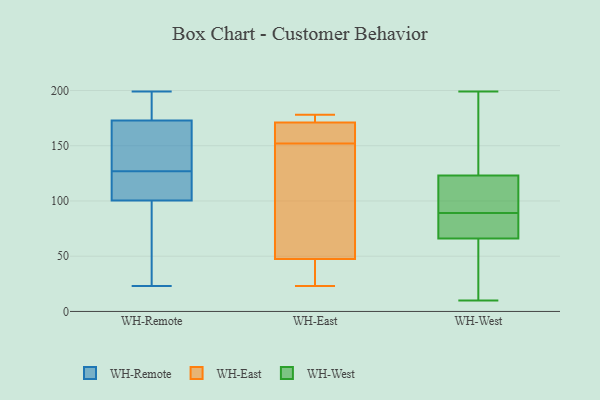
{"axis": {"x": "LTV (USD)", "y": "Value"}, "legend": ["WH-East", "WH-Remote", "WH-West"], "data": [{"x": "", "y": 110, "type": "WH-Remote"}, {"x": "", "y": 128, "type": "WH-Remote"}, {"x": "", "y": 184, "type": "WH-Remote"}, {"x": "", "y": 170, "type": "WH-Remote"}, {"x": "", "y": 23, "type": "WH-Remote"}, {"x": "", "y": 93, "type": "WH-Remote"}, {"x": "", "y": 192, "type": "WH-Remote"}, {"x": "", "y": 102, "type": "WH-Remote"}, {"x": "", "y": 93, "type": "WH-Remote"}, {"x": "", "y": 181, "type": "WH-Remote"}, {"x": "", "y": 199, "type": "WH-Remote"}, {"x": "", "y": 143, "type": "WH-Remote"}, {"x": "", "y": 170, "type": "WH-Remote"}, {"x": "", "y": 124, "type": "WH-Remote"}, {"x": "", "y": 96, "type": "WH-Remote"}, {"x": "", "y": 127, "type": "WH-Remote"}, {"x": "", "y": 124, "type": "WH-Remote"}, {"x": "", "y": 39, "type": "WH-East"}, {"x": "", "y": 34, "type": "WH-East"}, {"x": "", "y": 148, "type": "WH-East"}, {"x": "", "y": 103, "type": "WH-East"}, {"x": "", "y": 74, "type": "WH-East"}, {"x": "", "y": 175, "type": "WH-East"}, {"x": "", "y": 177, "type": "WH-East"}, {"x": "", "y": 41, "type": "WH-East"}, {"x": "", "y": 173, "type": "WH-East"}, {"x": "", "y": 23, "type": "WH-East"}, {"x": "", "y": 54, "type": "WH-East"}, {"x": "", "y": 156, "type": "WH-East"}, {"x": "", "y": 168, "type": "WH-East"}, {"x": "", "y": 160, "type": "WH-East"}, {"x": "", "y": 178, "type": "WH-East"}, {"x": "", "y": 169, "type": "WH-East"}, {"x": "", "y": 121, "type": "WH-West"}, {"x": "", "y": 89, "type": "WH-West"}, {"x": "", "y": 129, "type": "WH-West"}, {"x": "", "y": 74, "type": "WH-West"}, {"x": "", "y": 181, "type": "WH-West"}, {"x": "", "y": 10, "type": "WH-West"}, {"x": "", "y": 191, "type": "WH-West"}, {"x": "", "y": 100, "type": "WH-West"}, {"x": "", "y": 88, "type": "WH-West"}, {"x": "", "y": 38, "type": "WH-West"}, {"x": "", "y": 76, "type": "WH-West"}, {"x": "", "y": 68, "type": "WH-West"}, {"x": "", "y": 22, "type": "WH-West"}, {"x": "", "y": 60, "type": "WH-West"}, {"x": "", "y": 115, "type": "WH-West"}, {"x": "", "y": 199, "type": "WH-West"}, {"x": "", "y": 116, "type": "WH-West"}]}